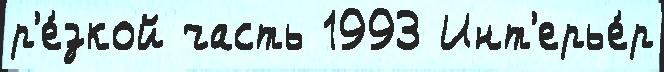
р'е́зкой часть 1993 Инт'ерье́р